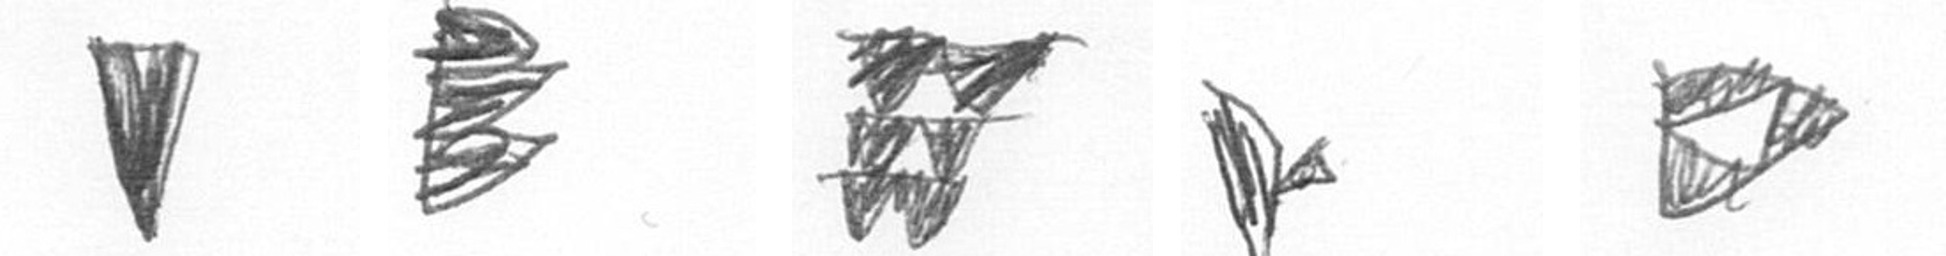
J H Y F K